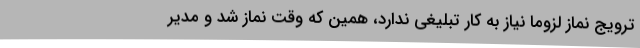
ترویج نماز لزوما نیاز به کار تبلیغی ندارد، همین که وقت نماز شد و مدیر